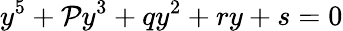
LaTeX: y^{5}+\mathcal{P}y^{3}+qy^{2}+ry+s=0